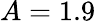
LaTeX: A=1.9